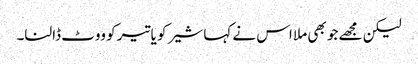
لیکن مجھے جو بھی ملا اس نے کہا شیر کو یا تیر کو ووٹ ڈالنا۔